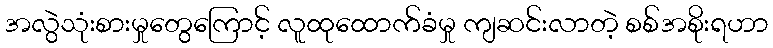
အလွဲသုံးစားမှုတွေကြောင့် လူထုထောက်ခံမှု ကျဆင်းလာတဲ့ စစ်အစိုးရဟာ